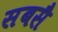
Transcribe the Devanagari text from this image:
सबसै